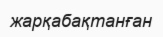
жарқабақтанған